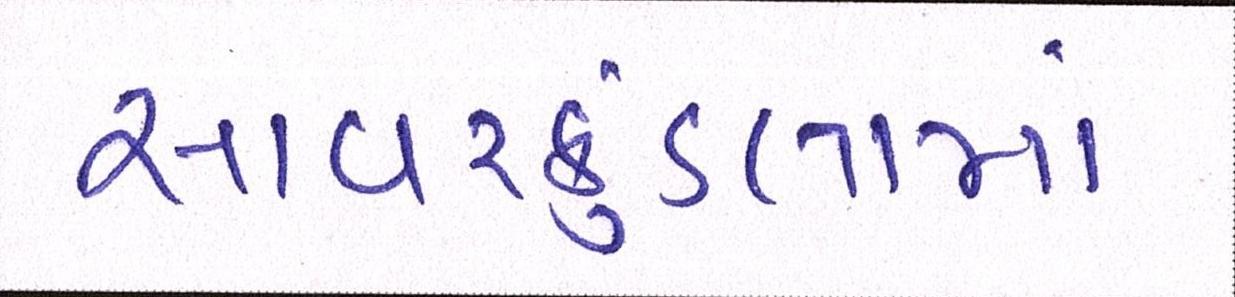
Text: સાવરકુંડલામાં